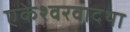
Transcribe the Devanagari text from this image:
एकेश्वरवादथा